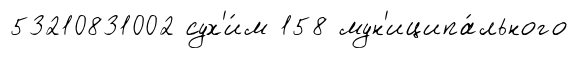
53210831002 сух'и́м 158 мун'иципа́льного